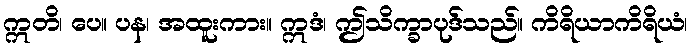
ဣတိ၊ ပေ။ ပန၊ အထူးကား။ ဣဒံ၊ ဤသိက္ခာပုဒ်သည်။ ကိရိယာကိရိယံ၊